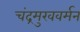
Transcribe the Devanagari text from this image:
चंद्रमुखवर्मन